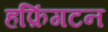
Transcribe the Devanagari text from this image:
हफ़िंगटन